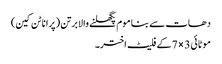
دھات سے بنا موم پگھلنے والا برتن (پرانا ٹن کین)
موٹائی 3 × 7 کے فلیٹ اختر۔